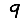
Digit: 9